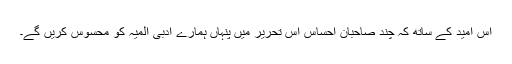
اس امید کے ساتھ کہ چند صاحبانِ احساس اس تحریر میں پنہاں ہمارے ادبی المیہ کو محسوس کریں گے۔